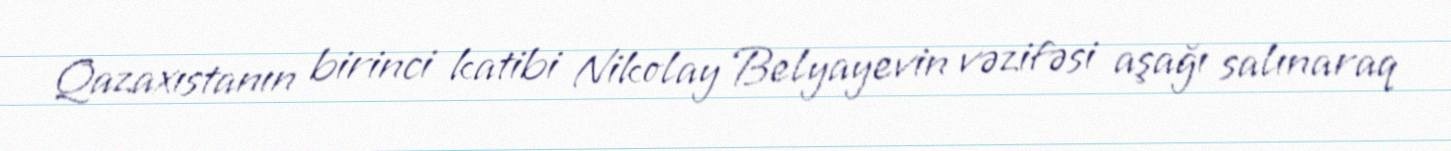
Qazaxıstanın birinci katibi Nikolay Belyayevin vəzifəsi aşağı salınaraq